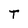
Character: T